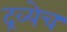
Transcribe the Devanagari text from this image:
द्रव्येच